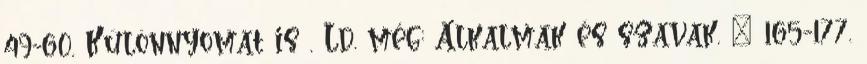
49-60. Különnyomat is . Ld. még: Alkalmak és szavak. – 165-177.